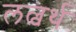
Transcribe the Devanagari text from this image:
लल्वर्थ